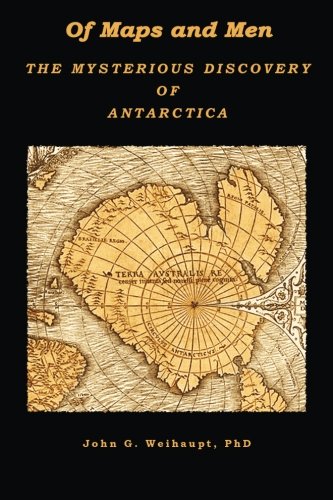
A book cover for Of Maps and Men: The Mysterious Discovery of Antarctica; John G. Weihaupt PhD; History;